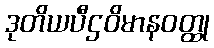
ဒုတိယပီဌဝိမာနဝတ္ထု